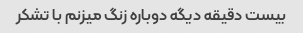
بیست دقیقه دیگه دوباره زنگ میزنم با تشکر